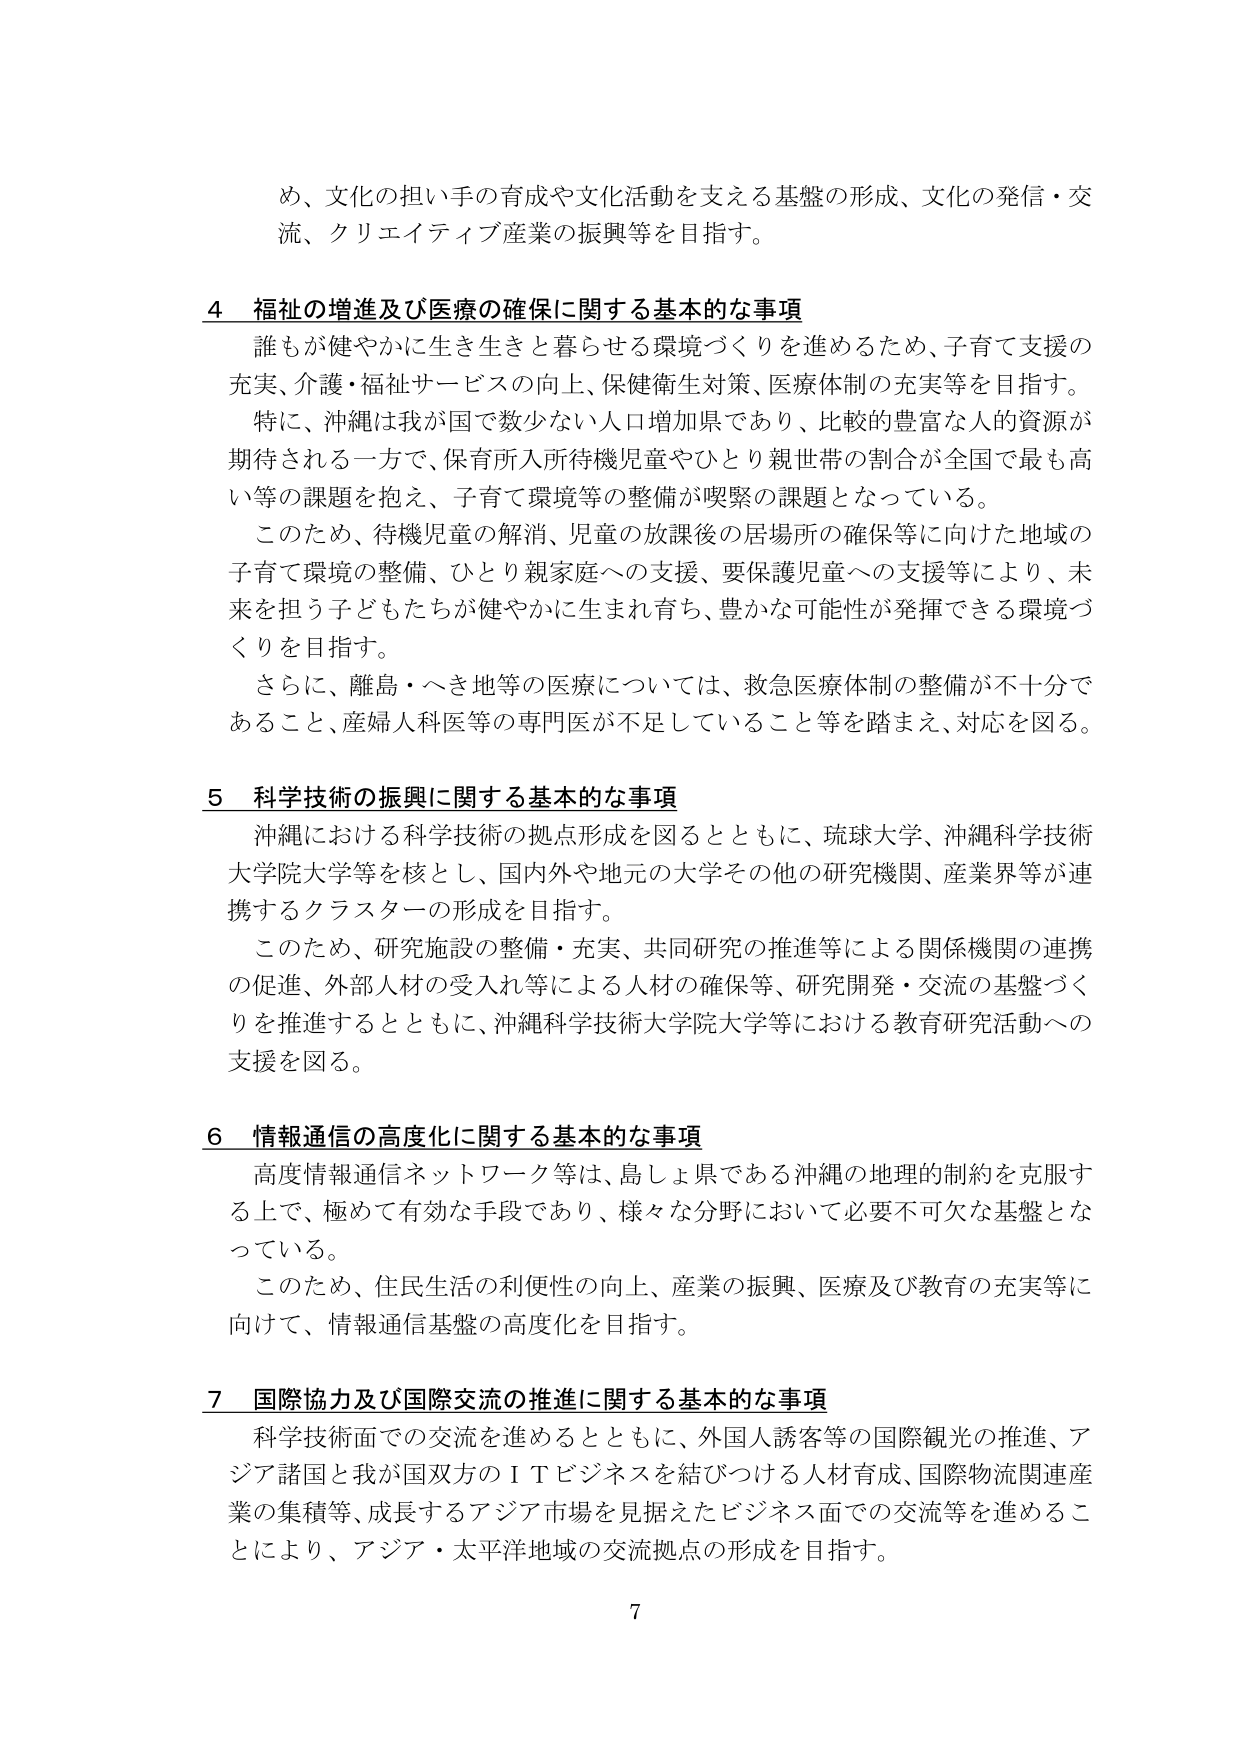
め、文化の担い手の育成や文化活動を支える基盤の形成、文化の発信・交流、クリエイティブ産業の振興等を目指す。

4 福祉の増進及び医療の確保に関する基本的な事項
誰もが健やかに生き生きと暮らせる環境づくりを進めるため、子育て支援の充実、介護・福祉サービスの向上、保健衛生対策、医療体制の充実等を目指す。
特に、沖縄は我が国で数少ない人口増加県であり、比較的豊富な人的資源が期待される一方で、保育所入所待機児童やひとり親世帯の割合が全国で最も高い等の課題を抱え、子育て環境等の整備が喫緊の課題となっている。
このため、待機児童の解消、児童の放課後の居場所の確保等に向けた地域の子育て環境の整備、ひとり親家庭への支援、要保護児童への支援等により、未来を担う子どもたちが健やかに生まれ育ち、豊かな可能性が発揮できる環境づくりを目指す。
さらに、離島・へき地等の医療については、救急医療体制の整備が不十分であること、産婦人科医等の専門医が不足していること等を踏まえ、対応を図る。

5 科学技術の振興に関する基本的な事項
沖縄における科学技術の拠点形成を図るとともに、琉球大学、沖縄科学技術大学院大学等を核とし、国内外や地元の大学その他の研究機関、産業界等が連携するクラスターの形成を目指す。
このため、研究施設の整備・充実、共同研究の推進等による関係機関の連携の促進、外部人材の受入れ等による人材の確保等、研究開発・交流の基盤づくりを推進するとともに、沖縄科学技術大学院大学等における教育研究活動への支援を図る。

6 情報通信の高度化に関する基本的な事項
高度情報通信ネットワーク等は、島しょ県である沖縄の地理的制約を克服する上で、極めて有効な手段であり、様々な分野において必要不可欠な基盤となっている。
このため、住民生活の利便性の向上、産業の振興、医療及び教育の充実等に向けて、情報通信基盤の高度化を目指す。

7 国際協力及び国際交流の推進に関する基本的な事項
科学技術面での交流を進めるとともに、外国人誘客等の国際観光の推進、アジア諸国と我が国双方のＩＴビジネスを結びつける人材育成、国際物流関連産業の集積等、成長するアジア市場を見据えたビジネス面での交流等を進めるこ とにより、アジア・太平洋地域の交流拠点の形成を目指す。

7